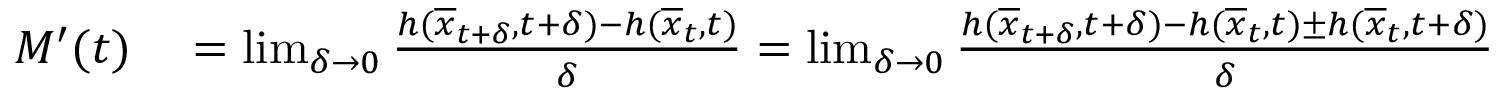
\begin{array} { r l } { M ^ { \prime } ( t ) } & { { } = \operatorname* { l i m } _ { \delta \rightarrow 0 } \frac { h ( \overline { { x } } _ { t + \delta } , t + \delta ) - h ( \overline { { x } } _ { t } , t ) } { \delta } = \operatorname* { l i m } _ { \delta \rightarrow 0 } \frac { h ( \overline { { x } } _ { t + \delta } , t + \delta ) - h ( \overline { { x } } _ { t } , t ) \pm h ( \overline { { x } } _ { t } , t + \delta ) } { \delta } } \end{array}